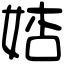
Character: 𡜺